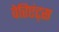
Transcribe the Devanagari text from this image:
वेरिएंट्स